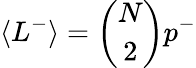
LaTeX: \langle L^{-}\rangle=\binom{N}{2}p^{-}